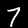
Digit: 7